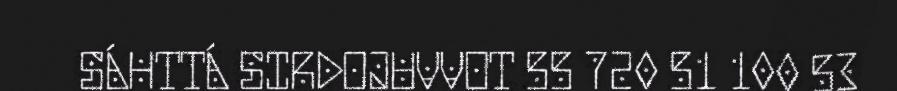
SÁHTTÁ SIRDOJUVVOT 55 720 51 100 53